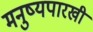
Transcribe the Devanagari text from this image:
मनुष्यपारखी